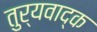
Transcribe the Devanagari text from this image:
तुर्यवाद्क